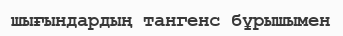
шығындардың тангенс бұрышымен